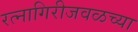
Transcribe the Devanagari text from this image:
रत्नागिरीजवळच्या